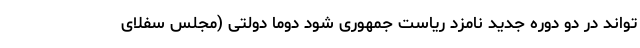
تواند در دو دوره جدید نامزد ریاست جمهوری شود دوما دولتی (مجلس سفلای